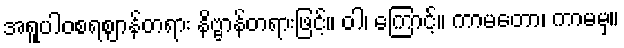
အရူပါဝစရဈာန်တရား နိဗ္ဗာန်တရားဖြင့်။ ဝါ၊ ကြောင့်။ ကာမတော၊ ကာမမှ။